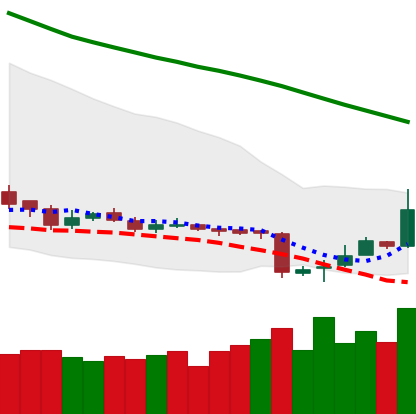
Ticker: LTC-USD
Chart end date: 2018-11-04
Forward return: -3.202%
Label: down_3_5